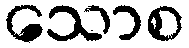
သောစ